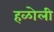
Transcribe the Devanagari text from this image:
हळोली